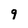
Character: 9